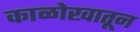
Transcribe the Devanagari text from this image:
काळोखातून